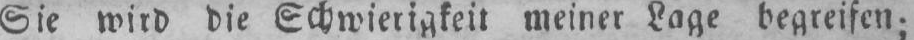
Sie wird die Schwierigkeit meiner Lage begreifen;